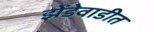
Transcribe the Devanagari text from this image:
झेंडेवाडीत